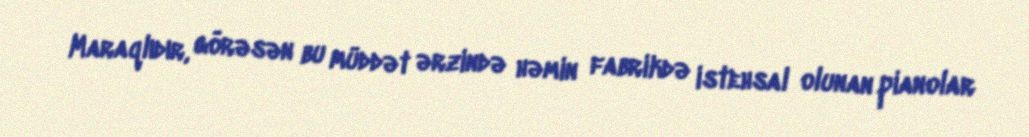
Maraqlıdır, görəsən bu müddət ərzində həmin fabrikdə istehsal olunan pianolar